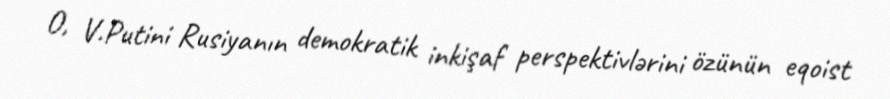
O, V.Putini Rusiyanın demokratik inkişaf perspektivlərini özünün eqoist